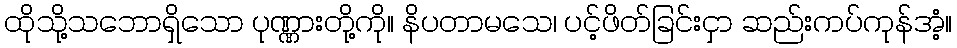
ထိုသို့သဘောရှိသော ပုဏ္ဏားတို့ကို။ နိပတာမသေ၊ ပင့်ဖိတ်ခြင်းငှာ ဆည်းကပ်ကုန်အံ့။